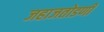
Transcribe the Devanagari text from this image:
जहाजतोडणी